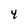
Character: 4